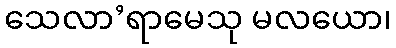
သေလာ’ရာမေသု မလယော၊